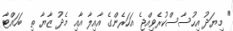
" މިޔަދު އިހުސާސްކުރެވިއްޖެ އަހަރެންގެ އާއިލާ އާއި މެދު ޒާޔާ ތި ބަހައްޓާ